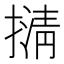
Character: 𢴆